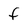
Character: f